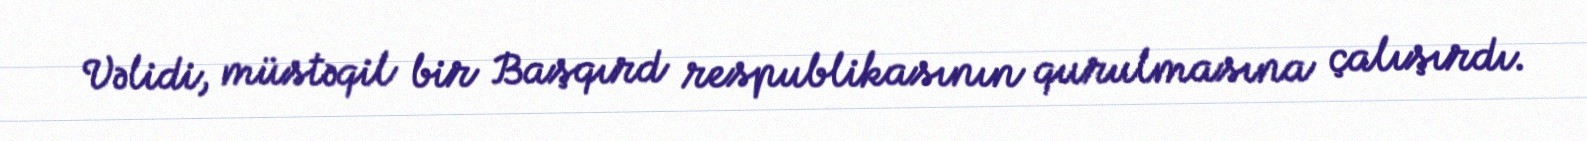
Vəlidi, müstəqil bir Başqırd respublikasının qurulmasına çalışırdı.